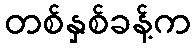
တစ်နှစ်ခန့်က